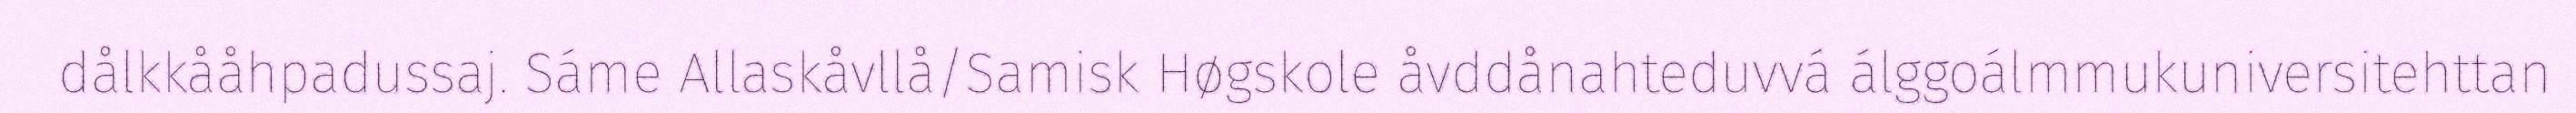
dålkkååhpadussaj. Sáme Allaskåvllå/Samisk Høgskole åvddånahteduvvá álggoálmmukuniversitehttan